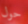
حول